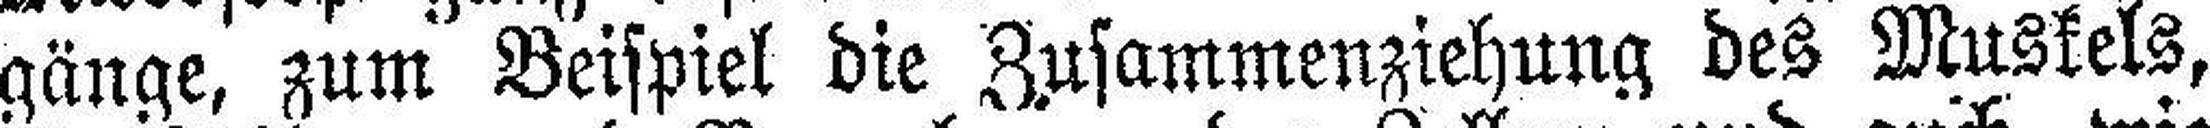
gänge, zum Beispiel die Zusammenziehung des Muskels,